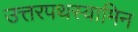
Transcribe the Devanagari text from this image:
उत्तरपथस्वामिन